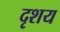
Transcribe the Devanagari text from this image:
दृशय